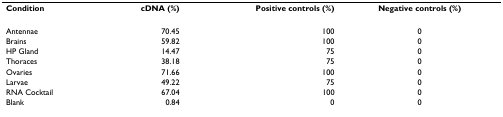
| Condition | cDNA (%) | Positive controls (%) | Negative controls (%) |
 | --- | --- | --- | --- |
 | Antennae | 70.45 | 100 | 0 |
 | Brains | 59.82 | 100 | 0 |
 | HP Gland | 14.47 | 75 | 0 |
 | Thoraces | 38.18 | 75 | 0 |
 | Ovaries | 71.66 | 100 | 0 |
 | Larvae | 49.22 | 75 | 0 |
 | RNA Cocktail | 67.04 | 100 | 0 |
 | Blank | 0.84 | 0 | 0 |